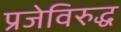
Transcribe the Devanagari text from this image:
प्रजेविरुद्ध